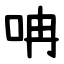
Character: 呥